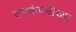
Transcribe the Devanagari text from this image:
उपकंपनीच्या